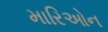
મારિઓન